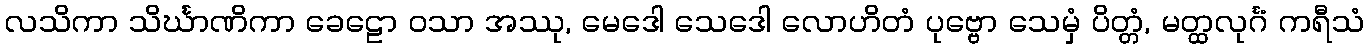
လသိကာ သိင်္ဃာဏိကာ ခေဠော ဝသာ အဿု, မေဒေါ သေဒေါ လောဟိတံ ပုဗ္ဗော သေမှံ ပိတ္တံ, မတ္ထလုင်္ဂံ ကရီသံ